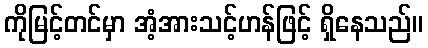
ကိုမြင့်တင်မှာ အံ့အားသင့်ဟန်ဖြင့် ရှိနေသည်။